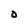
Character: O